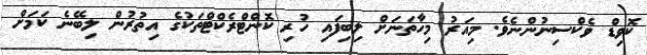
ކޮވިޑް ވެކްސިނުންނެވެ. މިއަރު މިހާތަނަށް ލިބިފައި ހުރި ކޮންޓްރެކްޓްތަކުގެ އިތުރުން ލިބޭނެ ކަމަށް